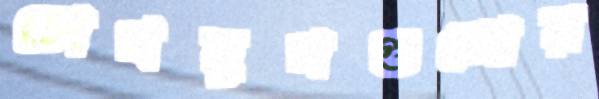
চোখমুখগুলোয়